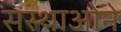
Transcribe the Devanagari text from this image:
संस्थाओने